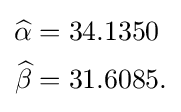
{\begin{aligned}{\widehat {\alpha }}&=34.1350\\{\widehat {\beta }}&=31.6085.\end{aligned}}